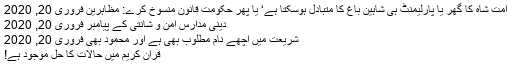
امت شاہ کا گھر یا پارلیمنٹ ہی شاہین باغ کا متبادل ہوسکتا ہے‘ یا پھر حکومت قانون منسوخ کرے: مظاہرین فروری 20, 2020
دینی مدارس امن و شانتی کے پیامبر فروری 20, 2020
شریعت میں اچھے نام مطلوب بھی ہے اور محمود بھی فروری 20, 2020
قرآن کریم میں حالات کا حل موجود ہے!